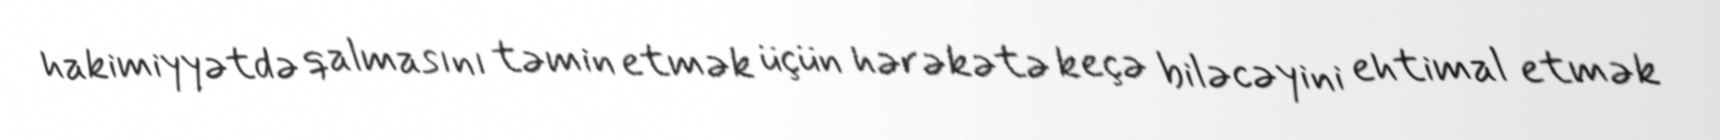
hakimiyyətdə qalmasını təmin etmək üçün hərəkətə keçə biləcəyini ehtimal etmək